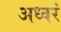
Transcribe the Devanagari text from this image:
अध्वरं